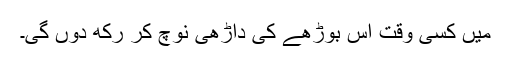
میں کسی وقت اس بوڑھے کی داڑھی نوچ کر رکھ دوں گی۔